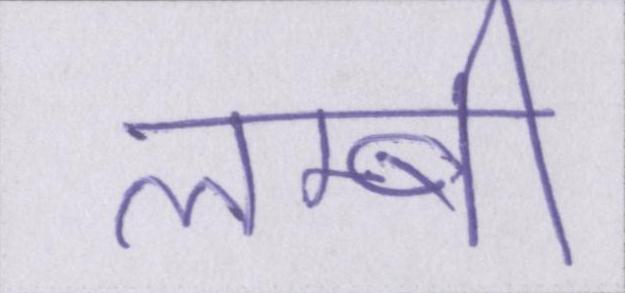
लम्बी